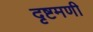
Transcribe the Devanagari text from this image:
दृष्टमणी